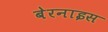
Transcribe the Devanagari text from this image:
बेरनाइस